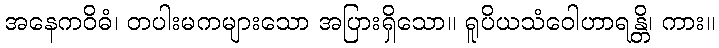
အနေကဝိဓံ၊ တပါးမကများသော အပြားရှိသော။ ရူပိယသံဝေါဟာရန္တိ၊ ကား။